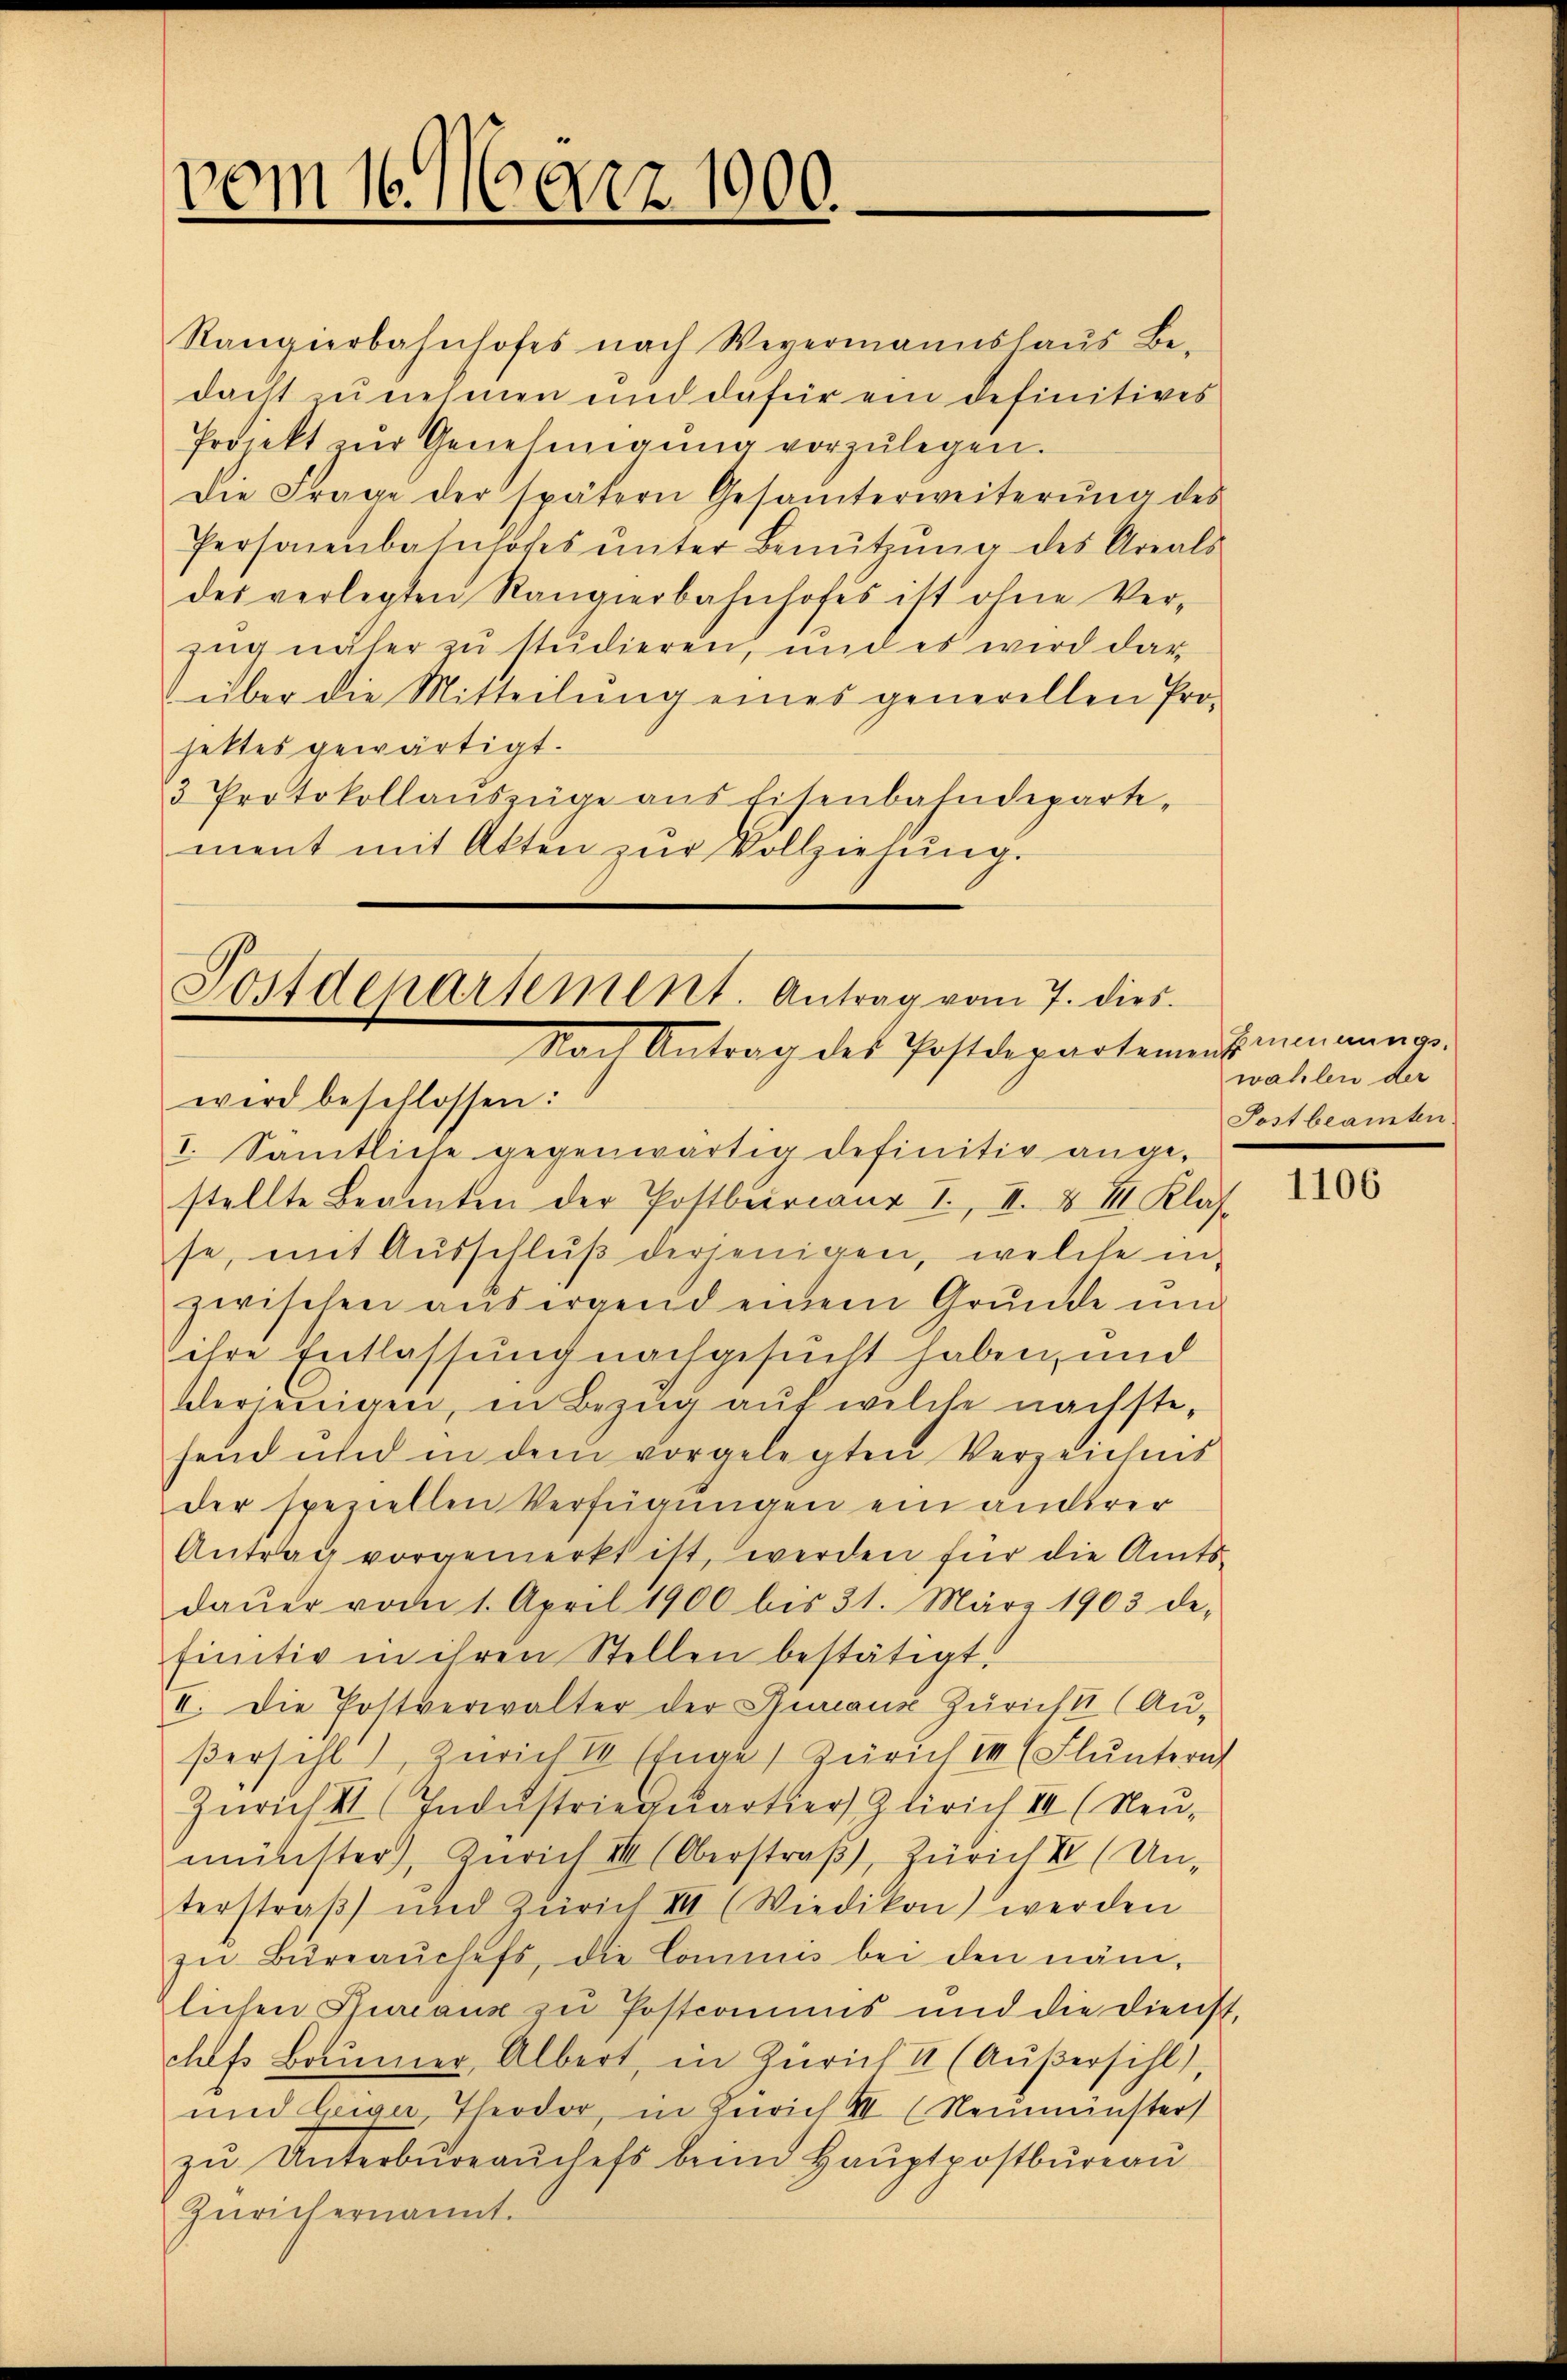
vom 16. März 1900.

Rangierbahnhofes nach Weyermannshaus Be-
dacht zunehmen und dafür ein definitives
Prdickt zŭr Genehmigŭng vorzŭlegen.
Die Frage der spätern Gesamterweiterŭng des
Personenbahnhofes ŭnter Benŭtzŭng des Areals
des verlegten Rangierbahnhofes ist ohne Verzug näher zu studieren, und es wird dar
über die Mitteilŭng eines generellen Pro-
jettes gewärtigt.
3 Protokollauszüge aus Eisenbahndeparte,
ment mit Akten zur Vollziehung.

Postdepartement. Antrag vom 7. dies
Nach Antrag des Postdepartemessumma.
wird beschlossen:

I. Sämtliche gegenwärtig definitiv ange-
stellte Beamten der Postbergang I., II. & III. Klas-
se, mit Ausschluß derjenigen, welche in
zwischen aus irgend einem Grunde und
ihre Entlassung nachgesucht haben, und
derjenigen, in Bezug auf welche nachstesend und in dem vorgelegten Verzeichnis
der speziellen Verfügungen ein anderer
Antrag vorgemerkt ist, werden für die Amts-
daŭer vom 1. April 1900 bis 31. März 1903 de-
finitiv in ihren Stellen bestätigt.
I. Die Postverwalter der Bureaux Züricht (Aŭ-
βersehl), Zürich I Einge Zürich II (Flunternt
Zürich II (Industriequartier Zürich III (Neu-
münster), Zürich III (Oberstraß, Zürich II (Unterstraß und Zürich VII (Wiedikon werden
zŭ Büreaŭchefs, die Commis bei den näm-
zlichen Puriaux zu Postcomuns und die Dienst,
ches Baŭmer, Albert, in Zürich 2 (Aŭβersihl),
und beiger Theodor, in Zürich VII (Neumünster
zŭ Unterbüreaŭches beim Haŭptpostbüreau
Zürichernannt.

wahlen der
Postbeamten

1106